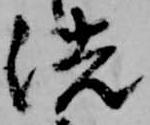
洗